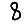
Digit: 8